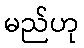
မည်ဟု